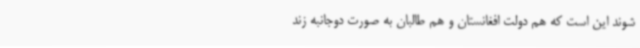
شوند این است که هم دولت افغانستان و هم طالبان به صورت دوجانبه زند